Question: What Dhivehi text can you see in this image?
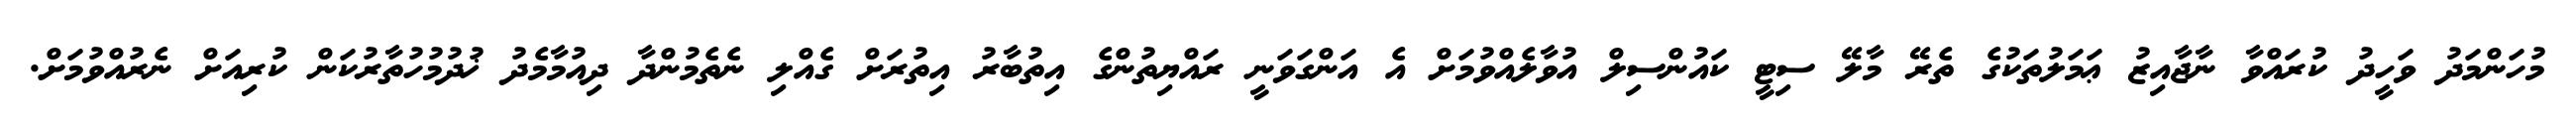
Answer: މުހަންމަދު ވަހީދު ކުރައްވާ ނާޖާއިޒު ޢަމަލުތަކުގެ ތެރޭ މާލޭ ސިޓީ ކައުންސިލް އުވާލެއްވުމަށް އެ އަންގަވަނީ ރައްޔިތުންގެ އިތުބާރު އިތުރަށް ގެއްލި ނެތެމުންދާ ދިއުމާމެދު ޚުދުމުހުތާރުކަން ކުރިއަށް ނެރުއްވުމަށް.